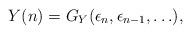
LaTeX: \begin{align*}Y(n)=G_Y(\epsilon_n,\epsilon_{n-1},\ldots),\end{align*}